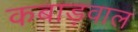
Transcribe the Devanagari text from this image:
कबाड़वाल